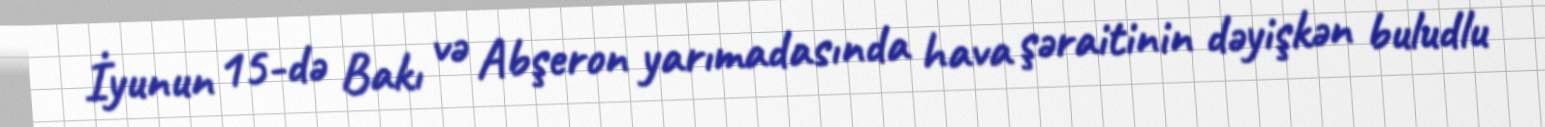
İyunun 15-də Bakı və Abşeron yarımadasında hava şəraitinin dəyişkən buludlu